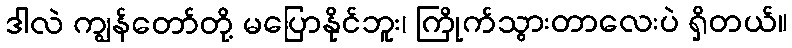
ဒါလဲ ကျွန်တော်တို့ မပြောနိုင်ဘူး၊ ကြိုက်သွားတာလေးပဲ ရှိတယ်။